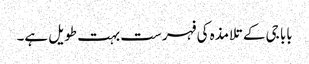
بابا جی کے تلامذہ کی فہرست بہت طویل ہے۔